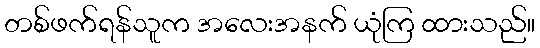
တစ်ဖက်ရန်သူက အလေးအနက် ယုံကြ ထားသည်။